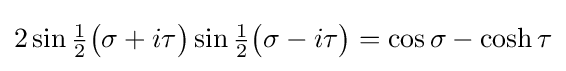
2\sin {\tfrac {1}{2}}{\bigl (}\sigma +i\tau {\bigr )}\sin {\tfrac {1}{2}}{\bigl (}\sigma -i\tau {\bigr )}=\cos \sigma -\cosh \tau